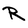
Character: R